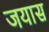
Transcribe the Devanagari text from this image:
जयास